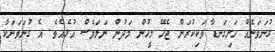
ގުނަވަނެއް ހަށިގަނޑާ ވަކިކުރަން ޖެހޭ މީހުން މަދުން ނަމަވެސް އުޅެއެވެ. އެ ގުނަވަނަކާ